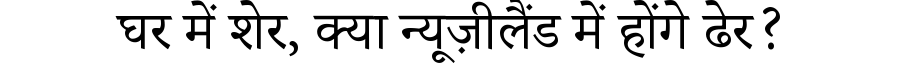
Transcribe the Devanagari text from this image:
घर में शेर, क्या न्यूज़ीलैंड में होंगे ढेर?